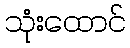
သုံးထောင်